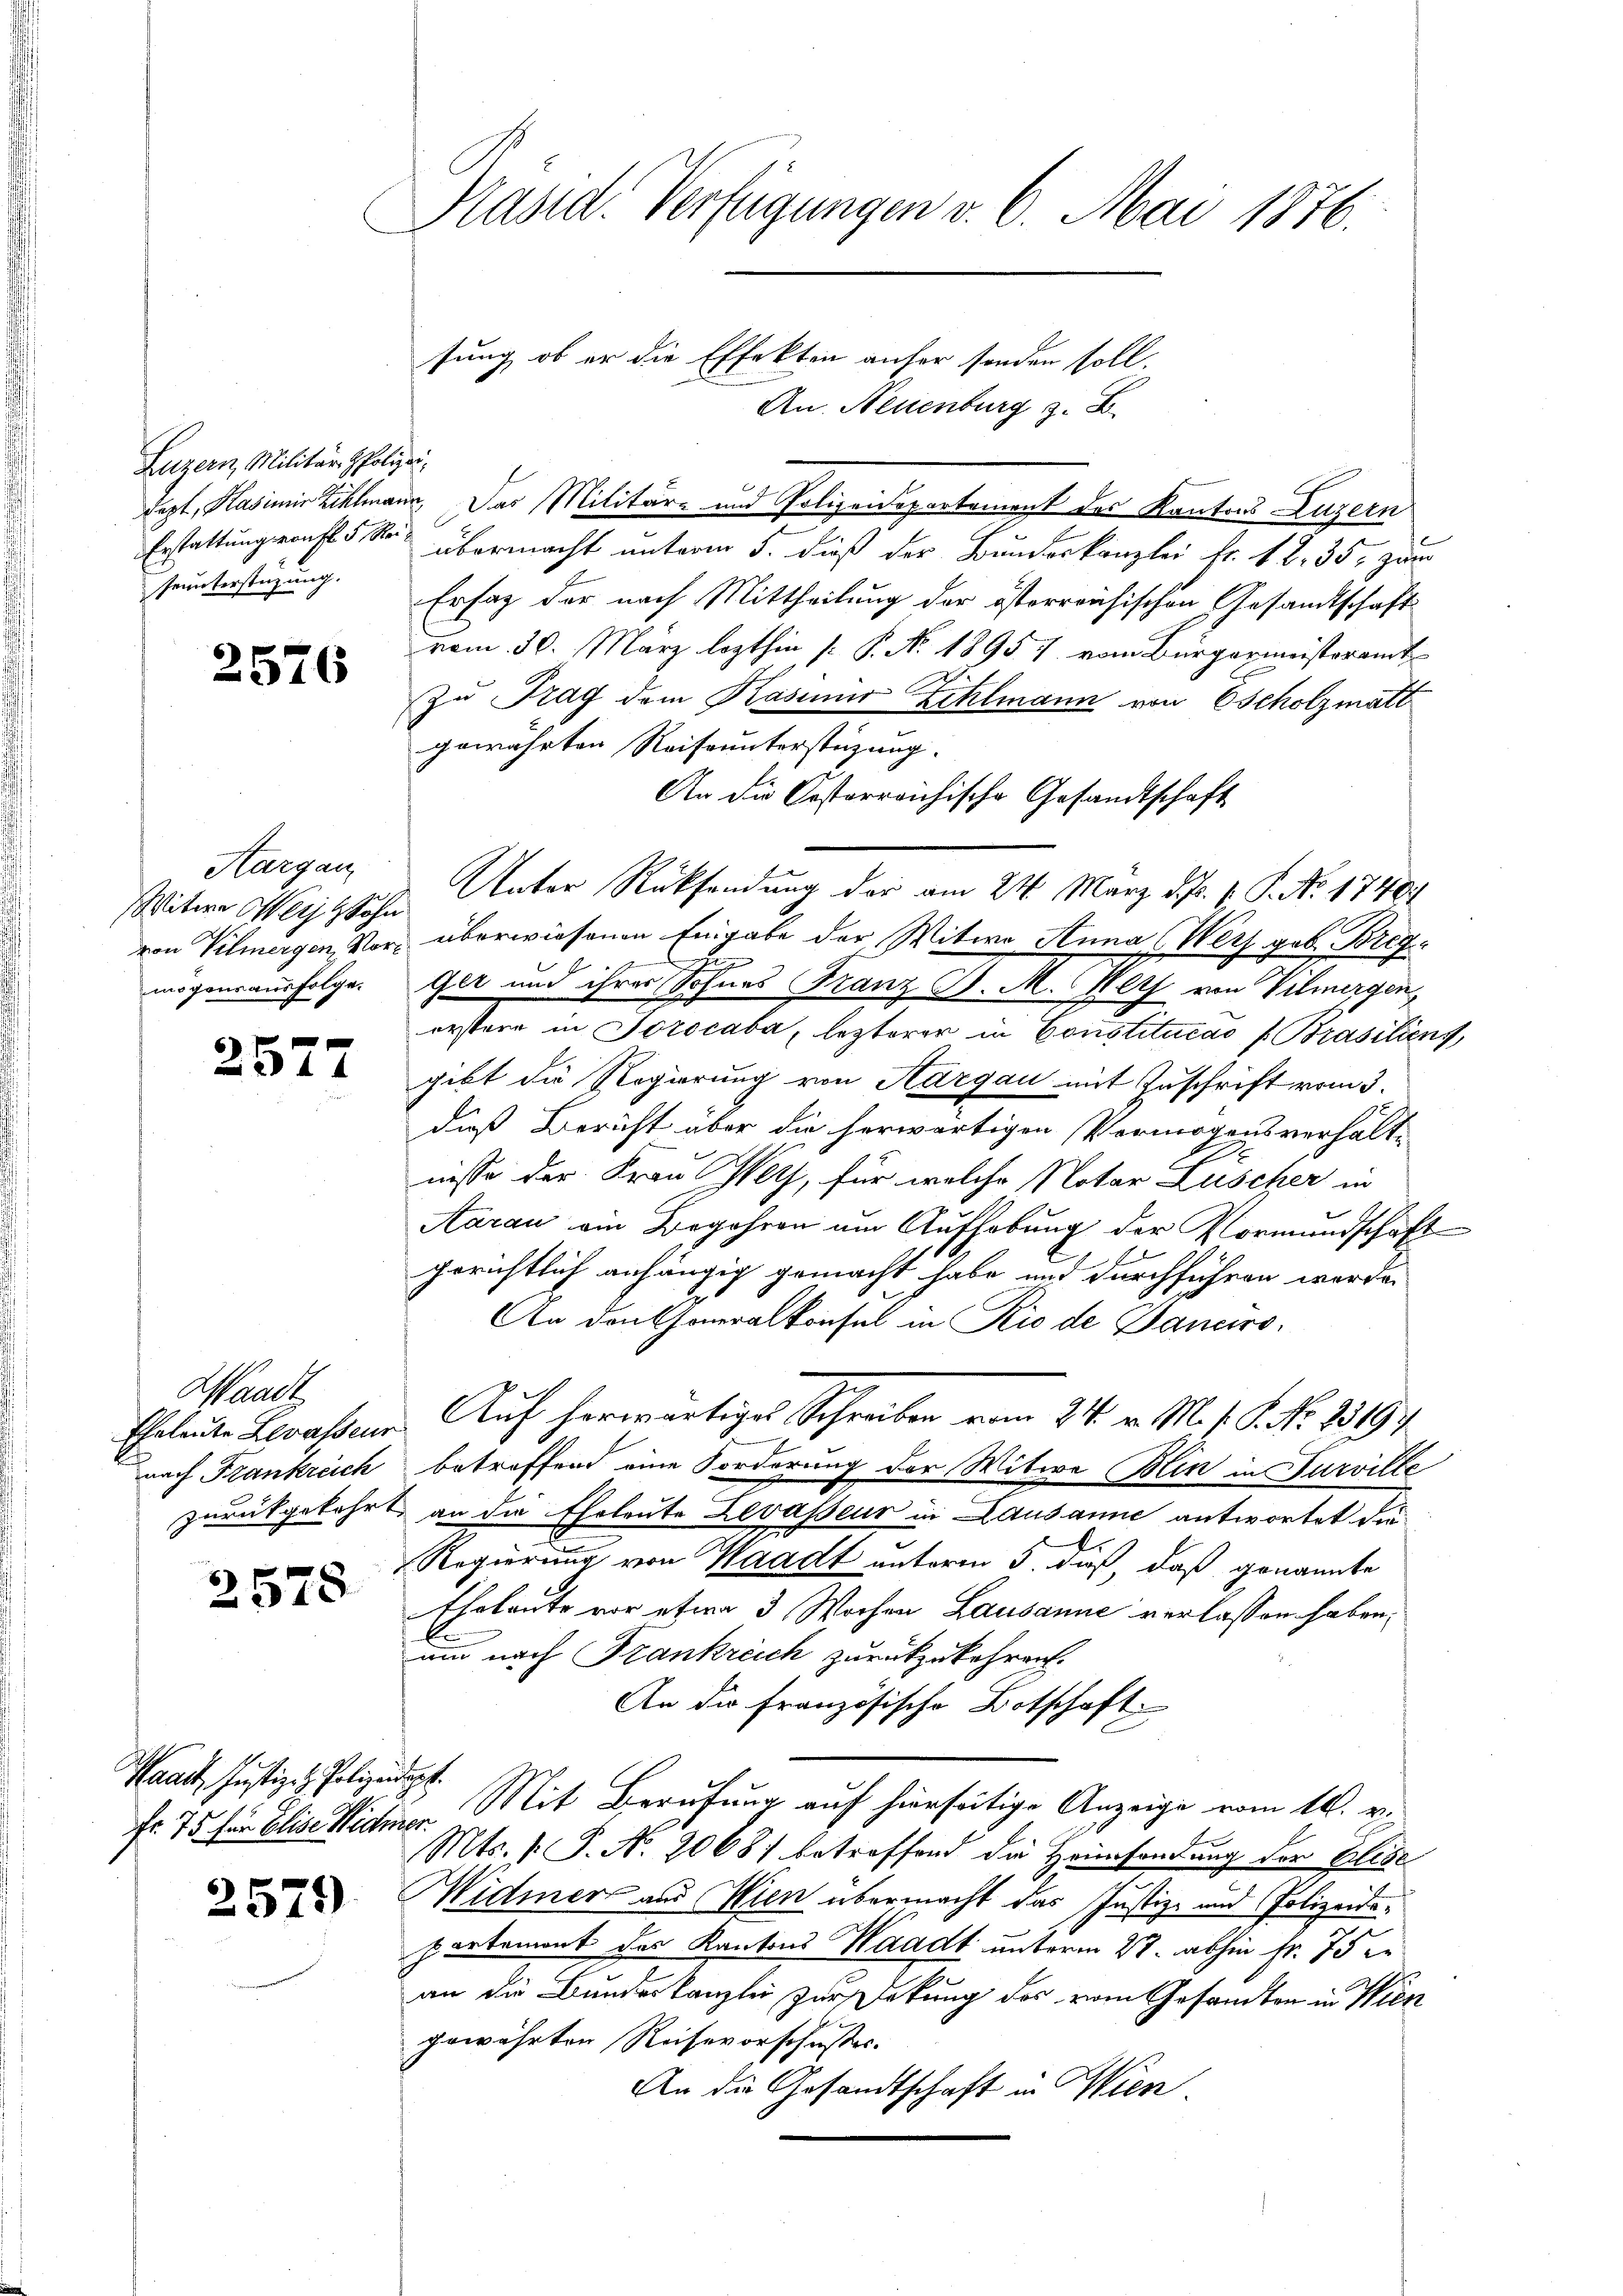
Luzern, Militär- Polizei.
Geunterstüzung.

2576

Aargau
Witwe Weil Sohn
mögens ausfolge.

2577

Waadt
nach Frankreich

2578

Waadt, Justiz- & Polizeidigt.
fr. 75 für Elise Widmer.

2579)

Präsid. Verfügungen v. 6. Mai 1876.

sung, ob er die Effekten anfer sonden soll.
An. Neuenburg z. B.
lept, Kasimir Zihlmann. Das Militär- und Polizeidepartement der Kantons Luzern
Erstattungsrauf 5. So übermacht unterm 5. dieß der Bundeskanzlei Fr. 18. 35. zum
Erfag der nach Mittheilung der österreichischen Gesandtschaft
vom 30. März lezthin [ P. Nr. 1895 7 vom Bürgermeisteramt
2
zu Frag dem Kasiner Zehlmann von Cscholzmatt
gewährten Reiseunterstüzung.
An die Kosterreichische Gesandtschaft
Unter Rücksendung der am 24. März d. Js. v. P. No. 1740
von Vilmergen, vor überwiesenen Eingabe der Witwe Anna (Werz geb. Breg
sendung
Ger und ihres Sohnes Franz J. M. Wetz von Vilmergen,
erstere in Sorocaba, lezterer in Constitucao (Brasilienf
gibt die Regierung von Aargau mit Zuschrift vom 3.
dieß Bericht über die herwärtigen Vermögensverhältnisse der Frau Wetz, für welche Notar Lüscher in
Aarau ein Begehren um Aufhebung der Vormundschaft
gerichtlich anhängig gemacht habe und durchführen werde.
An den Generalkonsel in Rio de Danaro¬
Eheleute Lerassen Auf herwärtiges Schreiben vom 24. v. M. f. S. Nr. 23194.
betreffend eine Forderung der Witwe Blin in Turville
zurückgekehrt, an die Eheleute Levasseur in Lausanne antwortet die
Regierung von Waadt unterm 5. dieß, daß genannte
Eheleute vor etwa 3 Wochen Lausanne verlassen haben,
um nach Frankreich zurückzukehren.
An die Französische Botschaft.
Mit Berufung auf hierseitige Anzeige vom 16. v.
Mts. v. P. Nr. 2068) betreffend die Heimsendung der Elise
Widmer aus Wien übermacht das Justiz- und Polizeidepartemont des Kantons Waadt unterm 27. abhin fr. 75 e
an die Bundeskanzlei zur Deckung des vom Gesandten in Wien
gewährten Reihevorschusses.
An die Gesandtschaft in Wien